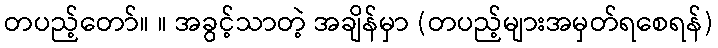
တပည့်တော်။ ။ အခွင့်သာတဲ့ အချိန်မှာ (တပည့်များအမှတ်ရစေရန်)